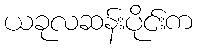
ယခုလဆန်းပိုင်းက